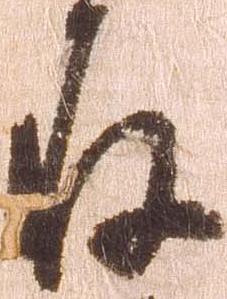
存